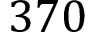
3 7 0